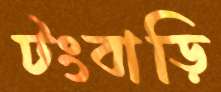
টংবাড়ি